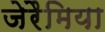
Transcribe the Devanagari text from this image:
जेरैमिया